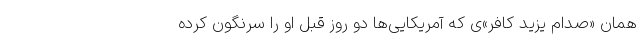
همان «صدام یزید کافر»ی که آمریکایی‌ها دو روز قبل او را سرنگون کرده